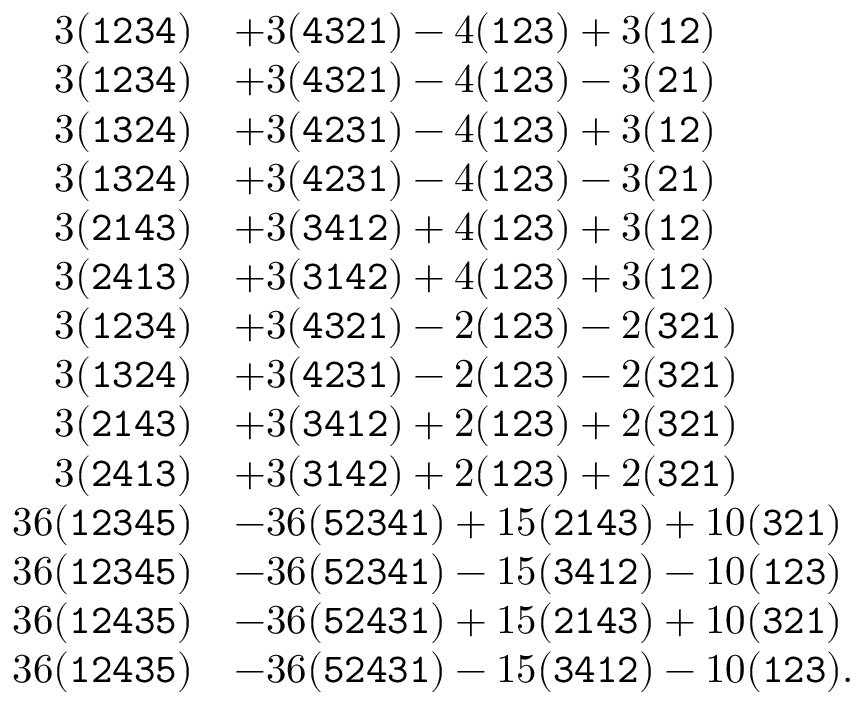
\begin{array} { r l } { 3 ( { \small \mathrm { \tt { 1 2 3 4 } } } ) } & { + 3 ( { \small \mathrm { \tt { 4 3 2 1 } } } ) - 4 ( { \small \mathrm { \tt { 1 2 3 } } } ) + 3 ( { \small \mathrm { \tt { 1 2 } } } ) } \\ { 3 ( { \small \mathrm { \tt { 1 2 3 4 } } } ) } & { + 3 ( { \small \mathrm { \tt { 4 3 2 1 } } } ) - 4 ( { \small \mathrm { \tt { 1 2 3 } } } ) - 3 ( { \small \mathrm { \tt { 2 1 } } } ) } \\ { 3 ( { \small \mathrm { \tt { 1 3 2 4 } } } ) } & { + 3 ( { \small \mathrm { \tt { 4 2 3 1 } } } ) - 4 ( { \small \mathrm { \tt { 1 2 3 } } } ) + 3 ( { \small \mathrm { \tt { 1 2 } } } ) } \\ { 3 ( { \small \mathrm { \tt { 1 3 2 4 } } } ) } & { + 3 ( { \small \mathrm { \tt { 4 2 3 1 } } } ) - 4 ( { \small \mathrm { \tt { 1 2 3 } } } ) - 3 ( { \small \mathrm { \tt { 2 1 } } } ) } \\ { 3 ( { \small \mathrm { \tt { 2 1 4 3 } } } ) } & { + 3 ( { \small \mathrm { \tt { 3 4 1 2 } } } ) + 4 ( { \small \mathrm { \tt { 1 2 3 } } } ) + 3 ( { \small \mathrm { \tt { 1 2 } } } ) } \\ { 3 ( { \small \mathrm { \tt { 2 4 1 3 } } } ) } & { + 3 ( { \small \mathrm { \tt { 3 1 4 2 } } } ) + 4 ( { \small \mathrm { \tt { 1 2 3 } } } ) + 3 ( { \small \mathrm { \tt { 1 2 } } } ) } \\ { 3 ( { \small \mathrm { \tt { 1 2 3 4 } } } ) } & { + 3 ( { \small \mathrm { \tt { 4 3 2 1 } } } ) - 2 ( { \small \mathrm { \tt { 1 2 3 } } } ) - 2 ( { \small \mathrm { \tt { 3 2 1 } } } ) } \\ { 3 ( { \small \mathrm { \tt { 1 3 2 4 } } } ) } & { + 3 ( { \small \mathrm { \tt { 4 2 3 1 } } } ) - 2 ( { \small \mathrm { \tt { 1 2 3 } } } ) - 2 ( { \small \mathrm { \tt { 3 2 1 } } } ) } \\ { 3 ( { \small \mathrm { \tt { 2 1 4 3 } } } ) } & { + 3 ( { \small \mathrm { \tt { 3 4 1 2 } } } ) + 2 ( { \small \mathrm { \tt { 1 2 3 } } } ) + 2 ( { \small \mathrm { \tt { 3 2 1 } } } ) } \\ { 3 ( { \small \mathrm { \tt { 2 4 1 3 } } } ) } & { + 3 ( { \small \mathrm { \tt { 3 1 4 2 } } } ) + 2 ( { \small \mathrm { \tt { 1 2 3 } } } ) + 2 ( { \small \mathrm { \tt { 3 2 1 } } } ) } \\ { 3 6 ( { \small \mathrm { \tt { 1 2 3 4 5 } } } ) } & { - 3 6 ( { \small \mathrm { \tt { 5 2 3 4 1 } } } ) + 1 5 ( { \small \mathrm { \tt { 2 1 4 3 } } } ) + 1 0 ( { \small \mathrm { \tt { 3 2 1 } } } ) } \\ { 3 6 ( { \small \mathrm { \tt { 1 2 3 4 5 } } } ) } & { - 3 6 ( { \small \mathrm { \tt { 5 2 3 4 1 } } } ) - 1 5 ( { \small \mathrm { \tt { 3 4 1 2 } } } ) - 1 0 ( { \small \mathrm { \tt { 1 2 3 } } } ) } \\ { 3 6 ( { \small \mathrm { \tt { 1 2 4 3 5 } } } ) } & { - 3 6 ( { \small \mathrm { \tt { 5 2 4 3 1 } } } ) + 1 5 ( { \small \mathrm { \tt { 2 1 4 3 } } } ) + 1 0 ( { \small \mathrm { \tt { 3 2 1 } } } ) } \\ { 3 6 ( { \small \mathrm { \tt { 1 2 4 3 5 } } } ) } & { - 3 6 ( { \small \mathrm { \tt { 5 2 4 3 1 } } } ) - 1 5 ( { \small \mathrm { \tt { 3 4 1 2 } } } ) - 1 0 ( { \small \mathrm { \tt { 1 2 3 } } } ) . } \end{array}